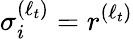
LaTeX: \sigma_{i}^{(\ell_{t})}=r^{(\ell_{t})}